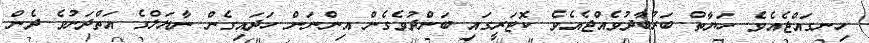
ހިނގައްޖެއެވެ. ހަޔާތް ބަރުބާދުވެއްޖެއެވެ. ކޮޓަރީގައި ބަންދުވެގެން އިންނަން ހަދައިގެން ނާޔަލްގެ އަތްދަށުވެ ދެން